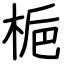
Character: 梔